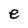
Character: e